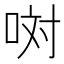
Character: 𠲝